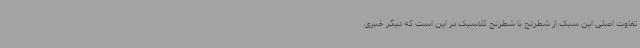
تفاوت اصلی این سبک از شطرنج با شطرنج کلاسیک در این است که دیگر خبری